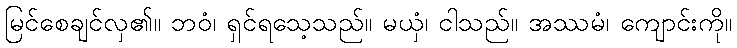
မြင်စေချင်လှ၏။ ဘဝံ၊ ရှင်ရသေ့သည်။ မယှံ၊ ငါသည်။ အဿမံ၊ ကျောင်းကို။